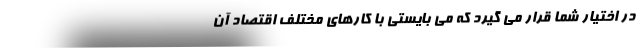
در اختیار شما قرار می گیرد که می بایستی با کارهای مختلف اقتصاد آن